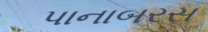
પાનાબરસ